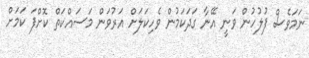
ނަމަވެސް ފުލުހުން ވަނީ އޭނާ ގަދަކަމުން ވެހިކަލަށް އަރުވަން މަސައްކަތް ކޮށްފަ ކަމަށް